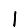
Digit: 1